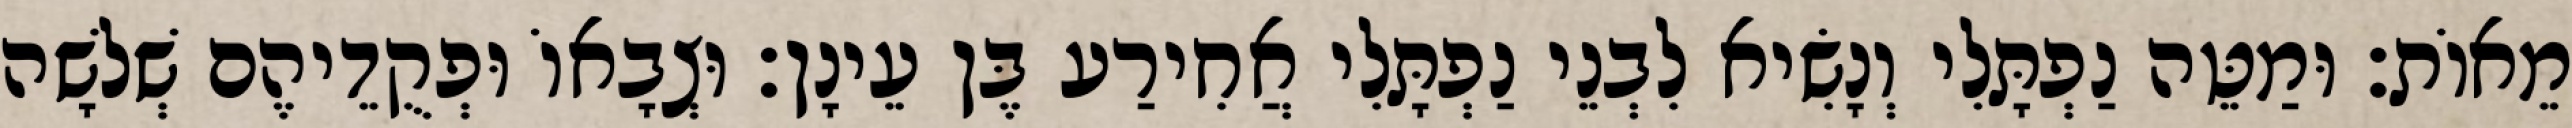
מֵאוֹת׃ וּמַטֵּה נַפְתָּלִי וְנָשִׂיא לִבְנֵי נַפְתָּלִי אֲחִירַע בֶּן עֵינָן׃ וּצְבָאוֹ וּפְקֻדֵיהֶם שְׁלשָׁה